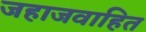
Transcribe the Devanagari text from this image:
जहाजवाहित